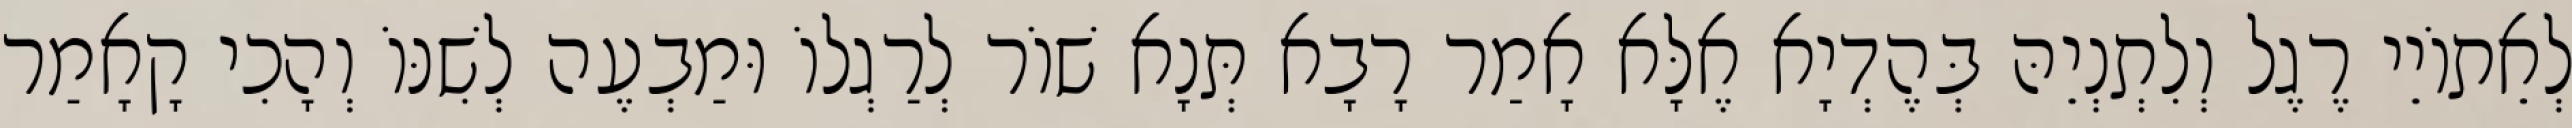
לְאֵתוֹיֵי רֶגֶל וְלִתְנְיֵהּ בְּהֶדְיָא אֶלָּא אָמַר רָבָא תְּנָא שׁוֹר לְרַגְלוֹ וּמַבְעֶה לְשִׁנּוֹ וְהָכִי קָאָמַר